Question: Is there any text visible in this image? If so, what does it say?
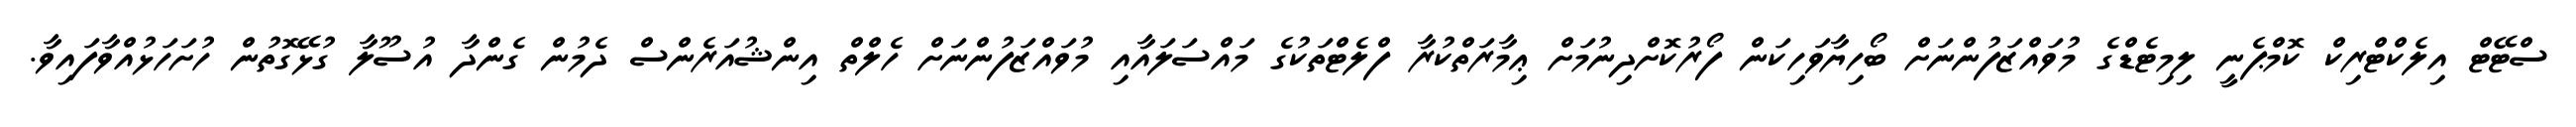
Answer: ސްޓޭޓް އިލެކްޓްރިކް ކޮމްޕެނީ ލިމިޓެޑްގެ މުވައްޒަފުންނަށް ބޯހިޔާވަހިކަން ފޯރުކޮށްދިނުމަށް ޢިމާރަތްކުރާ ފްލެޓްތަކުގެ މައްސަލައާއި މުވައްޒަފުންނަށް ހެލްތް އިންޝުއަރެންސް ދެމުން ގެންދާ އުސޫލާ ގުޅޭގޮތުން ހުށަހަޅުއްވާފައިވާ.